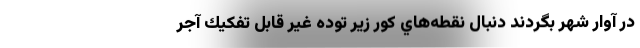
در آوار شهر بگردند دنبال نقطه‌هاي كور زير توده غير قابل تفكيك آجر